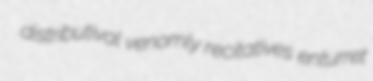
distributival venomly recitatives enturret